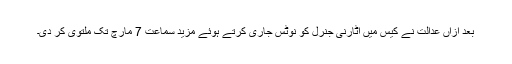
بعد ازاں عدالت نے کیس میں اٹارنی جنرل کو نوٹس جاری کرتے ہوئے مزید سماعت 7 مارچ تک ملتوی کر دی۔